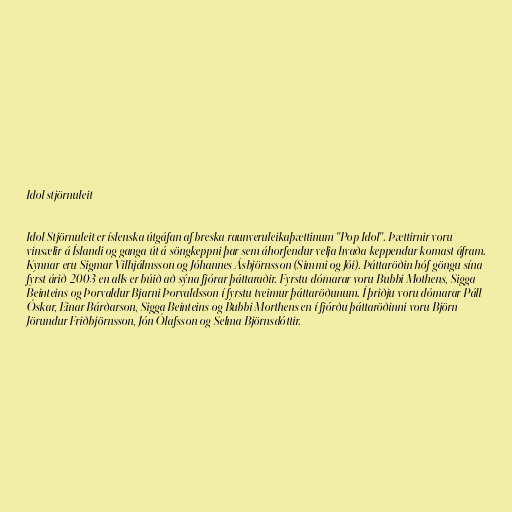
Idol stjörnuleit

Idol Stjörnuleit er íslenska útgáfan af breska raunveruleikaþættinum "Pop Idol". Þættirnir voru
vinsælir á Íslandi og ganga út á söngkeppni þar sem áhorfendur velja hvaða keppendur komast áfram.
Kynnar eru Sigmar Vilhjálmsson og Jóhannes Ásbjörnsson (Simmi og Jói). Þáttaröðin hóf göngu sína
fyrst árið 2003 en alls er búið að sýna fjórar þáttaraðir. Fyrstu dómarar voru Bubbi Mothens, Sigga
Beinteins og Þorvaldur Bjarni Þorvaldsson í fyrstu tveimur þáttaröðunum. Í þriðju voru dómarar Páll
Óskar, Einar Bárðarson, Sigga Beinteins og Bubbi Morthens en í fjórðu þáttaröðinni voru Björn
Jörundur Friðbjörnsson, Jón Ólafsson og Selma Björnsdóttir.